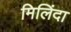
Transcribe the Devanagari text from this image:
मिलिंदा